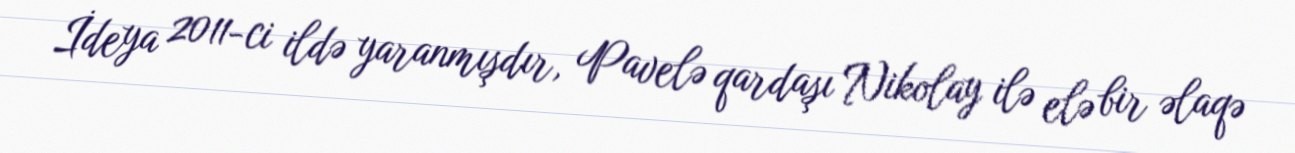
İdeya 2011-ci ildə yaranmışdır, Pavelə qardaşı Nikolay ilə elə bir əlaqə